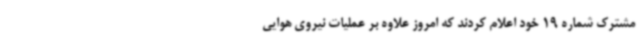
مشترک شماره 19 خود اعلام کردند که امروز علاوه‌ بر عملیات نیروی هوایی